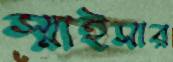
স্মাইসার